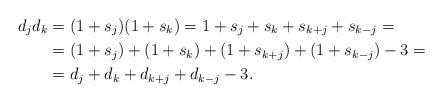
LaTeX: \begin{align*}d_jd_k&=(1+s_j)(1+s_k)=1+s_j+s_k+s_{k+j}+s_{k-j}=\\&=(1+s_j)+(1+s_k)+(1+s_{k+j})+(1+s_{k-j})-3=\\&=d_j+d_k+d_{k+j}+d_{k-j}-3.\end{align*}